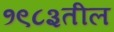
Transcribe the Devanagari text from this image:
१९८३तील